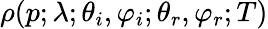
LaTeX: \rho(p;\lambda;\theta_{i},\varphi_{i};\theta_{r},\varphi_{r};T)